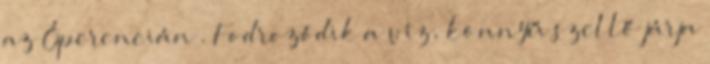
az Óperencián . Fodrozódik a víz, könnyű szellő járja